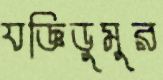
যজ্ঞিডুমুর